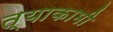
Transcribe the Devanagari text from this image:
त्याकामी